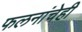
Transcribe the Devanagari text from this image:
फलनांचेही